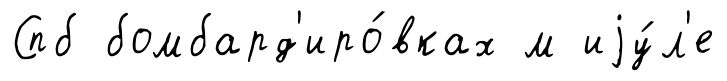
Спб бомбард'иро́вках м иjу́л'е